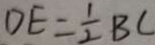
D E = \frac { 1 } { 2 } B C